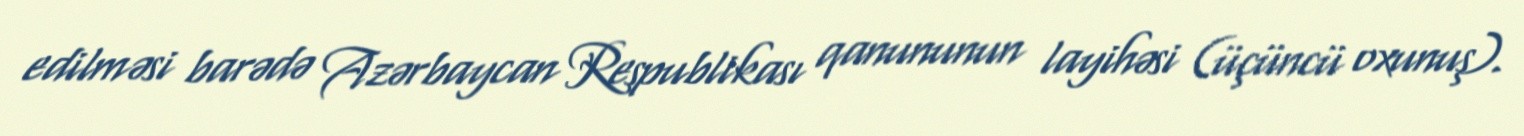
edilməsi barədə Azərbaycan Respublikası qanununun layihəsi (üçüncü oxunuş).